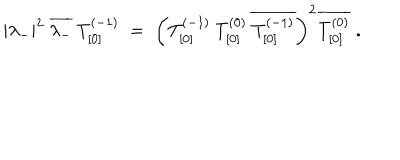
LaTeX: | \lambda _ { - } | ^ { 2 } \: \overline { { { \lambda _ { - } } } } \: T _ { [ 0 ] } ^ { ( - 1 ) } \; = \; \left( T _ { [ 0 ] } ^ { ( - 1 ) } \: T _ { [ 0 ] } ^ { ( 0 ) } \: \overline { { { T _ { [ 0 ] } ^ { ( - 1 ) } } } } \right) ^ { 2 } \overline { { { T _ { [ 0 ] } ^ { ( 0 ) } } } } \; .